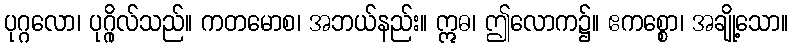
ပုဂ္ဂလော၊ ပုဂ္ဂိုလ်သည်။ ကတမောစ၊ အဘယ်နည်း။ ဣဓ၊ ဤလောက၌။ ဧကစ္စော၊ အချို့သော။